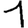
Digit: 1